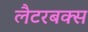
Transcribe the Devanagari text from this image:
लैटरबक्स